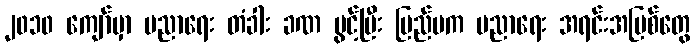
၂၀၁၀ ကျော်မှာ ပညာရေး တံခါး ခဏ ပွင့်ပြီး ပြည်ပက ပညာရေး အရင်းအမြစ်တွေ